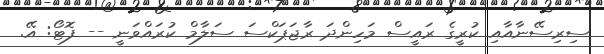
ސިރިސޭނާއާއި ކުރީގެ ރައީސް މަހިންދަ ރާޖަޕަކްސަ ސަލާމް ކުރައްވަނީ -- ފޮޓޯ: އޭ.